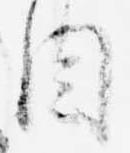
目